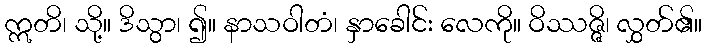
ဣတိ၊ သို့။ ဒိသွာ၊ ၍။ နာသဝါတံ၊ နှာခေါင်း လေကို။ ဝိဿဇ္ဇိ၊ လွှတ်၏။